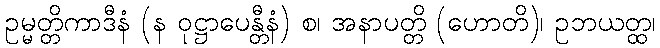
ဥမ္မတ္တိကာဒီနံ (န ဝုဋ္ဌာပေန္တီနံ) စ၊ အနာပတ္တိ (ဟောတိ)၊ ဥဘယတ္ထ၊